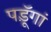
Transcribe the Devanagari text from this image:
पडॅ़ूगां